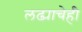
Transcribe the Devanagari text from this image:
लढ्याचेही